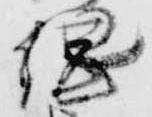
綱